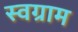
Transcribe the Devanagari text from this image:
स्वग्राम